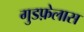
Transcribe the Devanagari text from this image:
गुडफ़ेलास